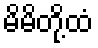
မိမိတို့ထံ